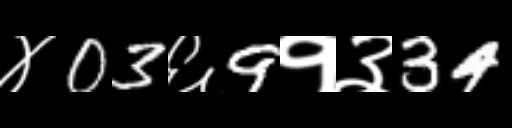
Text: ४03६9१३34